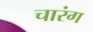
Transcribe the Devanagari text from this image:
चारंग